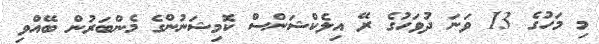
މި މަހުގެ 13 ވަނަ ދުވަހުގެ ރޭ އިލެކްޝަންސް ކޮމިޝަނުންގެ މެންބަރުން ބޭއްވި